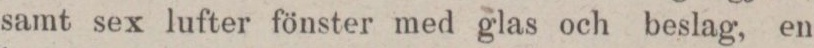
samt sex lufter fönster med glas och beslag, en